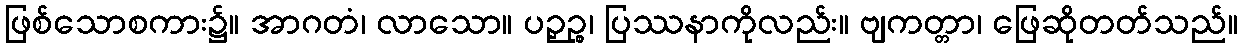
ဖြစ်သောစကား၌။ အာဂတံ၊ လာသော။ ပဉှဉ္စ၊ ပြဿနာကိုလည်း။ ဗျကတ္တာ၊ ဖြေဆိုတတ်သည်။